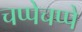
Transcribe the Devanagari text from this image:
चप्पेचप्पे